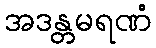
အဒန္တမရဏံ